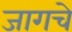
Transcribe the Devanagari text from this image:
जागचे